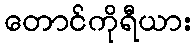
တောင်ကိုရီယား